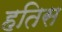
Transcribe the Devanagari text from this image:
हतिस